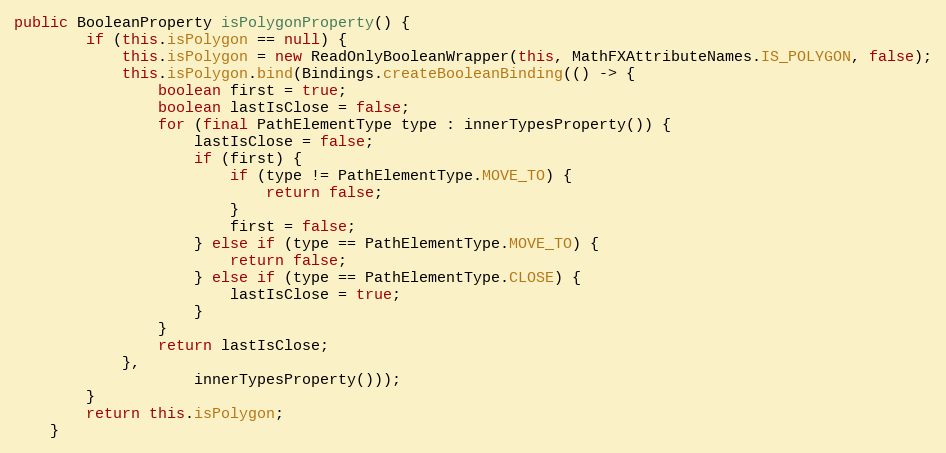
Language: Java
public BooleanProperty isPolygonProperty() {
		if (this.isPolygon == null) {
			this.isPolygon = new ReadOnlyBooleanWrapper(this, MathFXAttributeNames.IS_POLYGON, false);
			this.isPolygon.bind(Bindings.createBooleanBinding(() -> {
				boolean first = true;
				boolean lastIsClose = false;
				for (final PathElementType type : innerTypesProperty()) {
					lastIsClose = false;
					if (first) {
						if (type != PathElementType.MOVE_TO) {
							return false;
						}
						first = false;
					} else if (type == PathElementType.MOVE_TO) {
						return false;
					} else if (type == PathElementType.CLOSE) {
						lastIsClose = true;
					}
				}
				return lastIsClose;
			},
					innerTypesProperty()));
		}
		return this.isPolygon;
	}